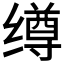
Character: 𰬺